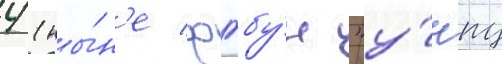
4 (ны́н'е фгбу́н "у́нпц